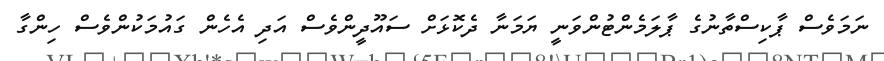
ނަމަވެސް ޕާކިސްތާނުގެ ޕާލަމެންޓުންވަނީ ޔަމަނާ ދެކޮޅަށް ސައޫދީންވެސް އަދި އެހެން ގައުމަކުންވެސް ހިންގާ